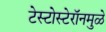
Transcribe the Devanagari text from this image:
टेस्टोस्टेरॉनमुळे